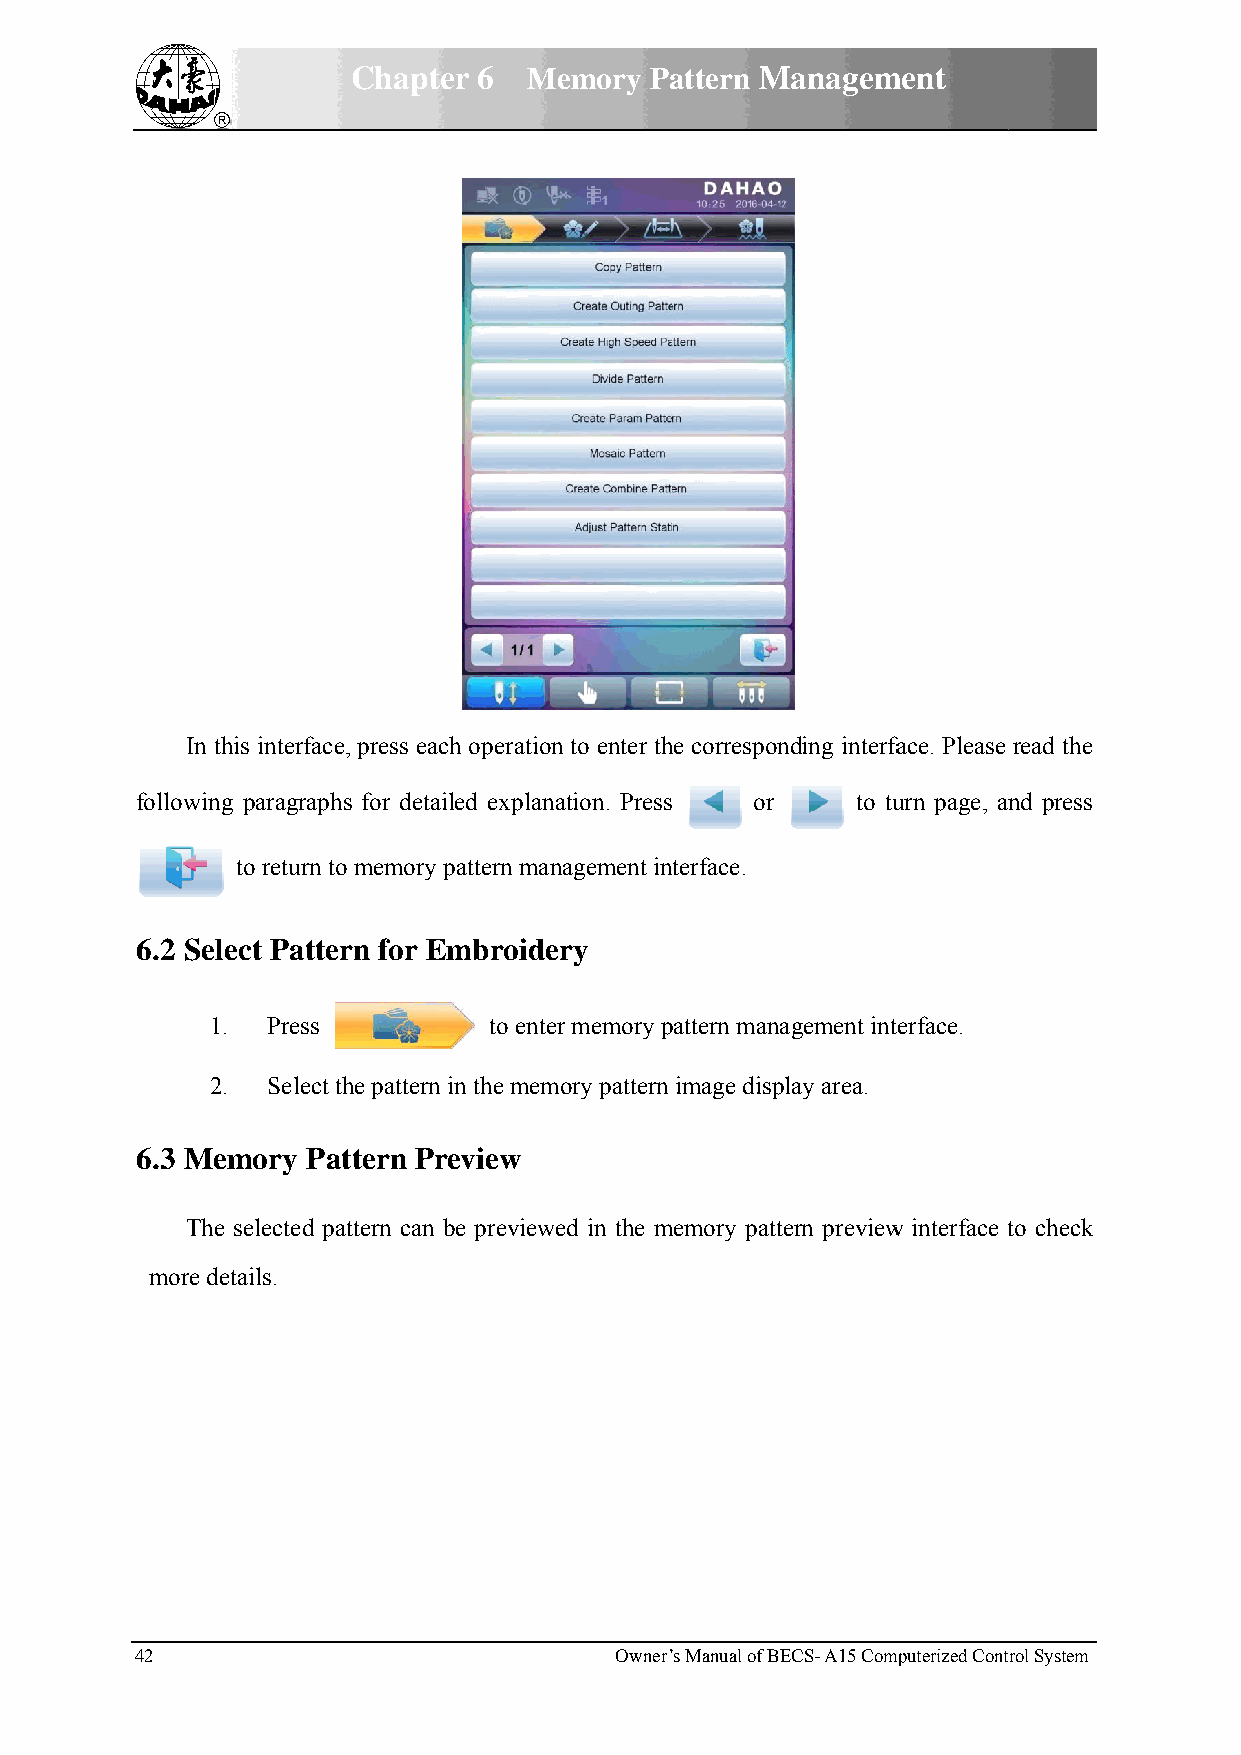
Chapteer 6  Meemory Paattern MManagemment
 In thhis interfacee, press eacch operationn to enter thhe corresponnding interffaace. Please read the
 followingg paragraphhs for detailed explanaation. Press or to tuurn page, annd press
 to return too memory ppattern mannagement interface.
 6.2 Select Patteern for Emmbroiderry
 1.. Press         to enterr memory pattern manaagement intterface.
 2.. Select tthe pattern iin the memory pattern image display area.
 6.3 Meemory Paattern Preview
 Thee selected paattern can bbe previeweed in the mmemory patteern previeww interface tto check
 more deetails.
 42                              Owner’s Manual of BEECS- A15 Commputerized Contrrol System